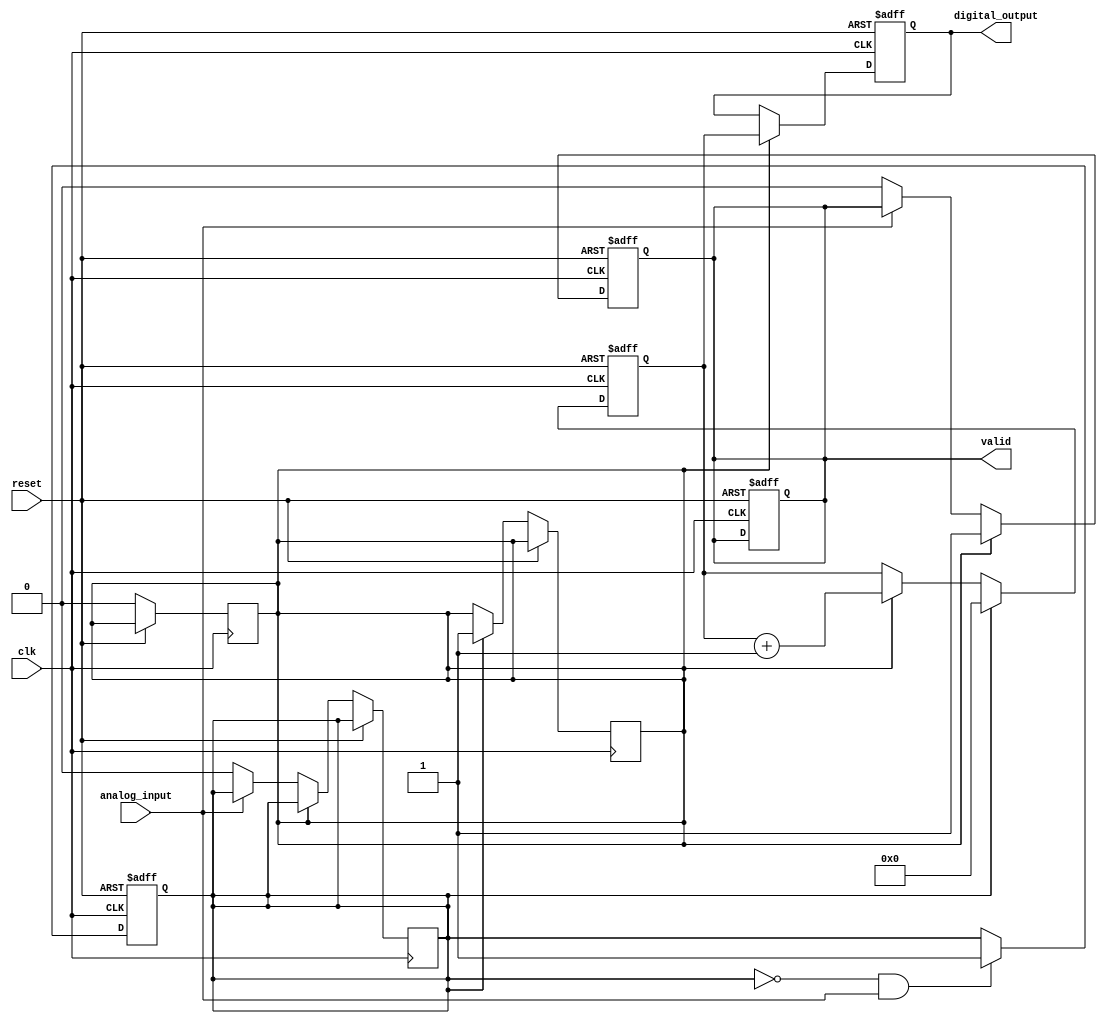
module AnalogTDC (
    input wire clk,               // Reference clock
    input wire reset,             // Reset signal
    input wire analog_input,       // Analog input signal (for simplicity, treated as one bit)
    output reg [15:0] digital_output, // Digital output representing time interval
    output reg valid              // Indicates valid digital output
);

    reg [15:0] counter;           // Counter for clock cycles
    reg trigger;                  // Trigger signal from comparator
    reg sampling;                 // Sampling state

    // Comparator to detect rising edge and set trigger signal
    always @(posedge clk or posedge reset) begin
        if (reset) begin
            trigger <= 1'b0;
        end else if (!trigger && analog_input) begin
            trigger <= 1'b1; // Signal detected
        end
    end

    // Counter logic
    always @(posedge clk or posedge reset) begin
        if (reset) begin
            counter <= 16'b0;
            valid <= 1'b0;
        end else if (trigger) begin
            counter <= 16'b0; // Reset counter on trigger
            sampling <= 1'b1; // Begin sampling
        end else if (sampling) begin
            counter <= counter + 1; // Increment counter
        end
    end

    // Capture counter value on rising edge of input signal
    always @(posedge clk or posedge reset) begin
        if (reset) begin
            digital_output <= 16'b0;
            valid <= 1'b0;
        end else if (sampling) begin
            digital_output <= counter; // Capture counter value
            valid <= 1'b1; // Output is valid
            sampling <= 1'b0; // Stop sampling
        end else if (!analog_input) begin
            trigger <= 1'b0; // Reset trigger when signal falls
            valid <= 1'b0; // Reset valid signal when output is read
        end
    end

endmodule